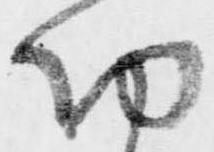
功